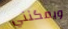
ويمكنني